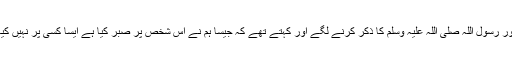
اور رسول اللہ صلی اللہ علیہ وسلم کا ذکر کرنے لگے اور کہتے تھے کہ جیسا ہم نے اس شخص پر صبر کیا ہے ایسا کسی پر نہیں کیا۔